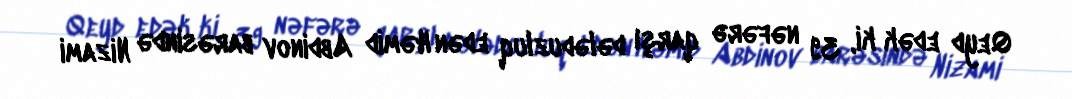
Qeyd edək ki, 39 nəfərə qarşı dələduzluq edən Həmid Abdinov barəsində Nizami